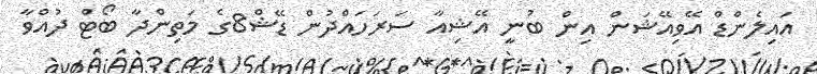
އައިލެންޑް އޭވިއޭޝަން އިން ބުނީ އޭޝިއާ ސަރަހައްދުން ޑޭޝް8ގެ މަތިންދާ ބޯޓް ދުއްވާ